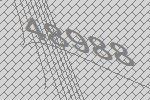
48988